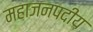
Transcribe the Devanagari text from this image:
महाजनपदीय